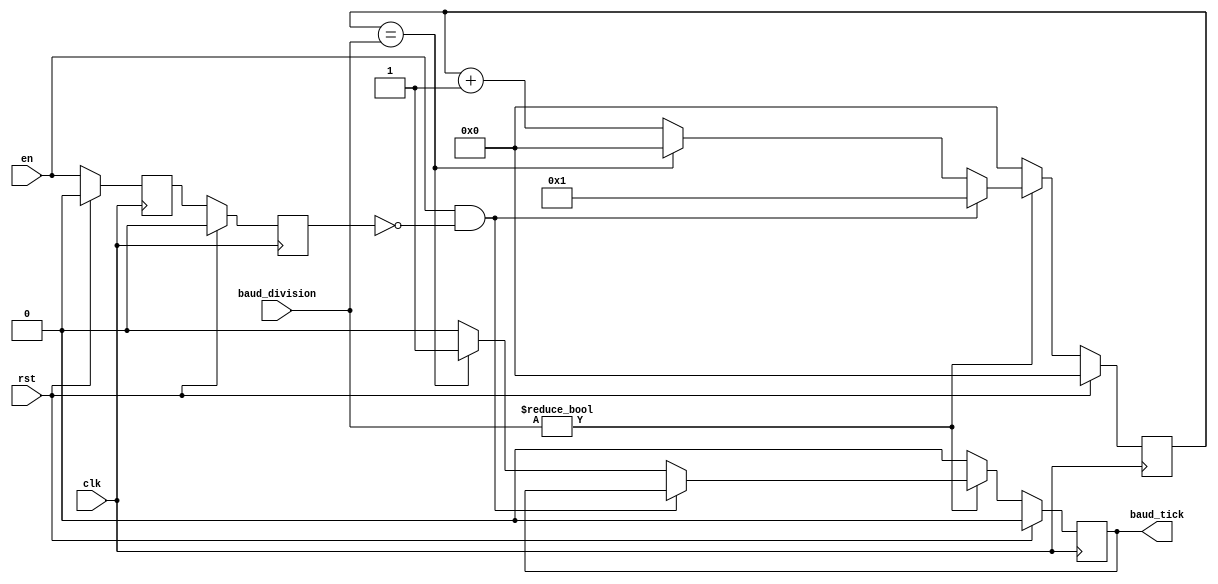
module uart_baud_rate (
    input wire clk,
    input wire rst,
    input wire [31:0] baud_division,
    input wire en,
    output reg baud_tick
);

    /*
    Clock Frequency: f  = 20 MHz
    Baud Rate:       Bd = 9600 bit/s
    
    Baud Division = ____f____
                     16 x Bd
    */

    reg temp_en;
    reg delayed_en;

    always @(posedge clk) begin
        if (rst) begin
            temp_en <= 0;
            delayed_en <= 0;
        end
        else begin
            if ((en == 0) || (en == 1)) begin
                temp_en <= en;
                delayed_en <= temp_en;
            end
            else begin
                temp_en <= temp_en;
                delayed_en <= delayed_en;
            end
        end
    end
    
    reg [31:0] baud_count;

    always @(posedge clk) begin
        if (rst) begin
            baud_count <= 0;
            baud_tick <= 0;
        end
        else begin
            if (baud_division != 0) begin
                if ((en == 1) && (delayed_en == 0)) begin
                    baud_count <= 1;
                    baud_tick <= baud_tick;
                end
                else if (baud_count == baud_division) begin
                    baud_count <= 0;
                    baud_tick <= 1;
                end
                else begin
                    baud_count <= baud_count + 1;
                    baud_tick <= 0;
                end
            end
            else begin
                baud_count <= 0;
                baud_tick <= 0;
            end
        end
    end
    
endmodule